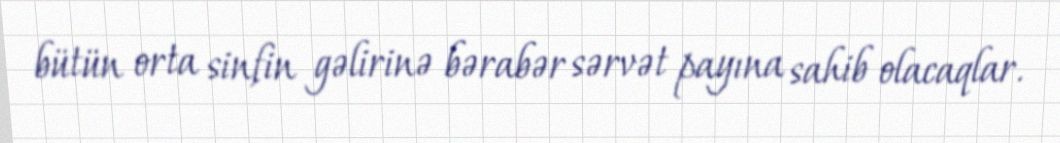
bütün orta sinfin gəlirinə bərabər sərvət payına sahib olacaqlar.